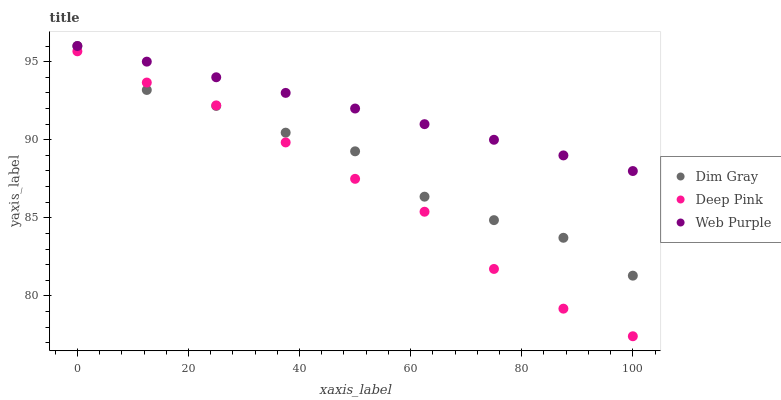
| xaxis_label | Dim Gray | Deep Pink | Web Purple |
 | --- | --- | --- | --- |
 | 0 | 96 | 95.7 | 96 |
 | 12.5 | 93.2 | 93.7 | 95 |
 | 25 | 92.2 | 92.2 | 94 |
 | 37.5 | 90.5 | 89.8 | 93 |
 | 50 | 89.3 | 87.5 | 92 |
 | 62.5 | 86.4 | 85.4 | 91 |
 | 75 | 84.9 | 81.7 | 90 |
 | 87.5 | 83.7 | 79.2 | 89 |
 | 100 | 81.3 | 77.4 | 88 |